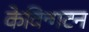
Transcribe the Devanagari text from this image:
केविन्गटन